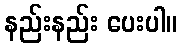
နည်းနည်း ပေးပါ။